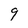
Character: 9